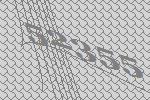
52355